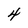
Character: 4